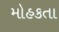
મોહકતા